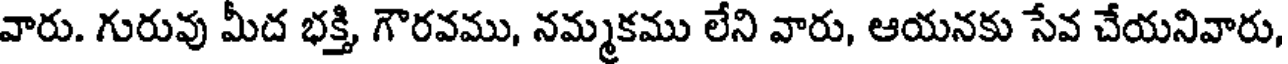
వారు. గురువు మీద భక్తి, గౌరవము, నమ్మకము లేని వారు, ఆయనకు సేవ చేయనివారు